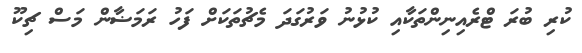
ކުރި ބުރަ ޓްރެއިނިންތަކާއި ކުޅުނު ވަރުގަދަ މެޗުތަކަށް ފަހު ރަމަޟާން މަސް ޗިކޫ